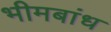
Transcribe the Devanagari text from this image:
भीमबांध